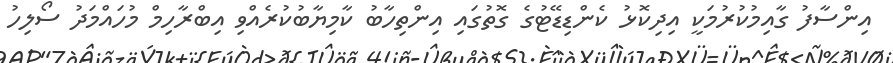
އިންސާފު ގާއިމުކުރުމަކީ އިދިކޮޅު ކެންޑިޑޭޓުގެ ގޮތުގައި އިންތިހާބު ކާމިޔާބުކުރެއްވި އިބްރާހިމް މުހައްމަދު ސޯލިހު